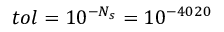
t o l = 1 0 ^ { - N _ { s } } = 1 0 ^ { - 4 0 2 0 }